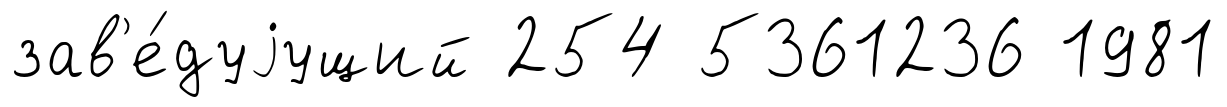
зав'е́дуjущий 254 5361236 1981